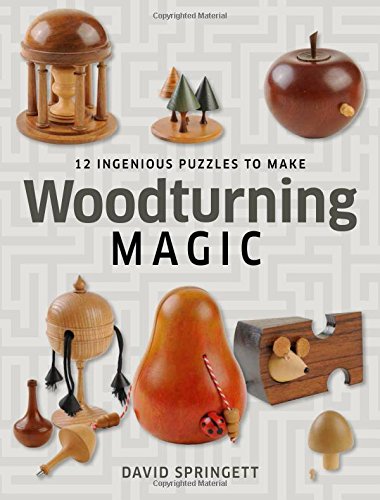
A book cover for Woodturning Magic: 12 Ingenious Puzzles to Make; David Springett; Crafts, Hobbies & Home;